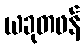
ယခုတဖန်